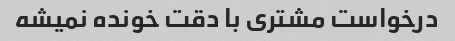
درخواست مشتری با دقت خونده نمیشه